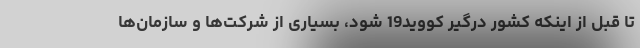
تا قبل از اینکه کشور درگیر کووید19 شود، بسیاری از شرکت‌ها و سازمان‌ها